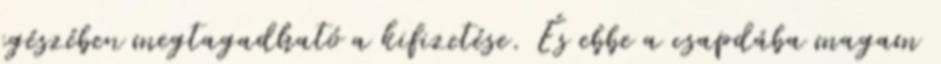
egészében megtagadható a kifizetése. És ebbe a csapdába magam